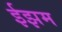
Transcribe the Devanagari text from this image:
ईझम